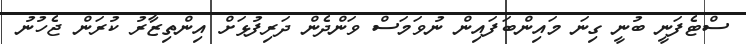
ސްޓެފަނީ ބުނީ ގިނަ މައިންބަފައިން ނުވަމަސް ވަންދެން ދަރިފުޅަށް އިންތިޒާރު ކުރަން ޖެހުނު